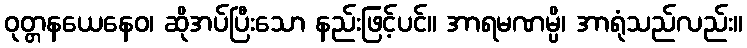
ဝုတ္တနယေနေဝ၊ ဆိုအပ်ပြီးသော နည်းဖြင့်ပင်။ အာရမဏမ္ပိ၊ အာရုံသည်လည်း။